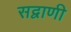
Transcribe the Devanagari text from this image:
सद्वाणी